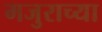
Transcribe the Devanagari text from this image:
मजुराच्या